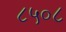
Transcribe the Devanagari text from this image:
८५०८